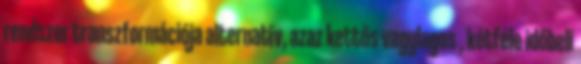
rendszer transzformációja alternatív, azaz kettős vagylagos , kétféle időbeli